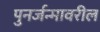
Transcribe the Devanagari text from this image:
पुनर्जन्मावरील